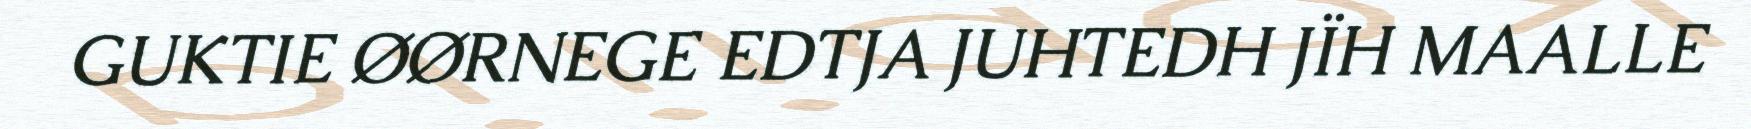
GUKTIE ØØRNEGE EDTJA JUHTEDH JÏH MAALLE